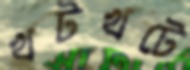
খটখটে